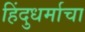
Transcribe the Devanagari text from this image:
हिंदुधर्माचा